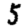
Digit: 5